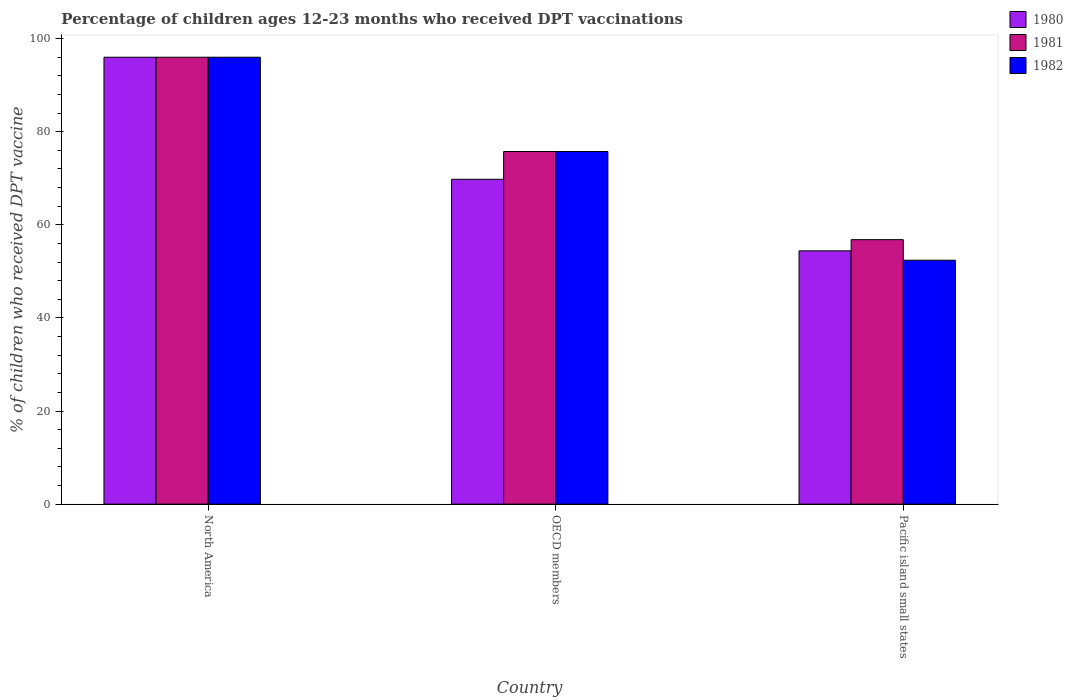
| Country | 1980 | 1981 | 1982 |
 | --- | --- | --- | --- |
 | North America | 96 | 96 | 96 |
 | OECD members | 69.8 | 75.7 | 75.7 |
 | Pacific island small states | 54.4 | 56.8 | 52.4 |